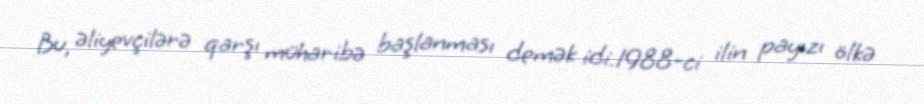
Bu, əliyevçilərə qarşı müharibə başlanması demək idi.1988-ci ilin payızı ölkə